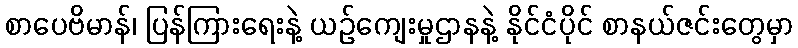
စာပေဗိမာန်၊ ပြန်ကြားရေးနဲ့ ယဉ်ကျေးမှုဌာနနဲ့ နိုင်ငံပိုင် စာနယ်ဇင်းတွေမှာ